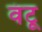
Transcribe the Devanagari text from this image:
वंटू